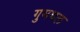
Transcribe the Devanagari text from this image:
गुमथल